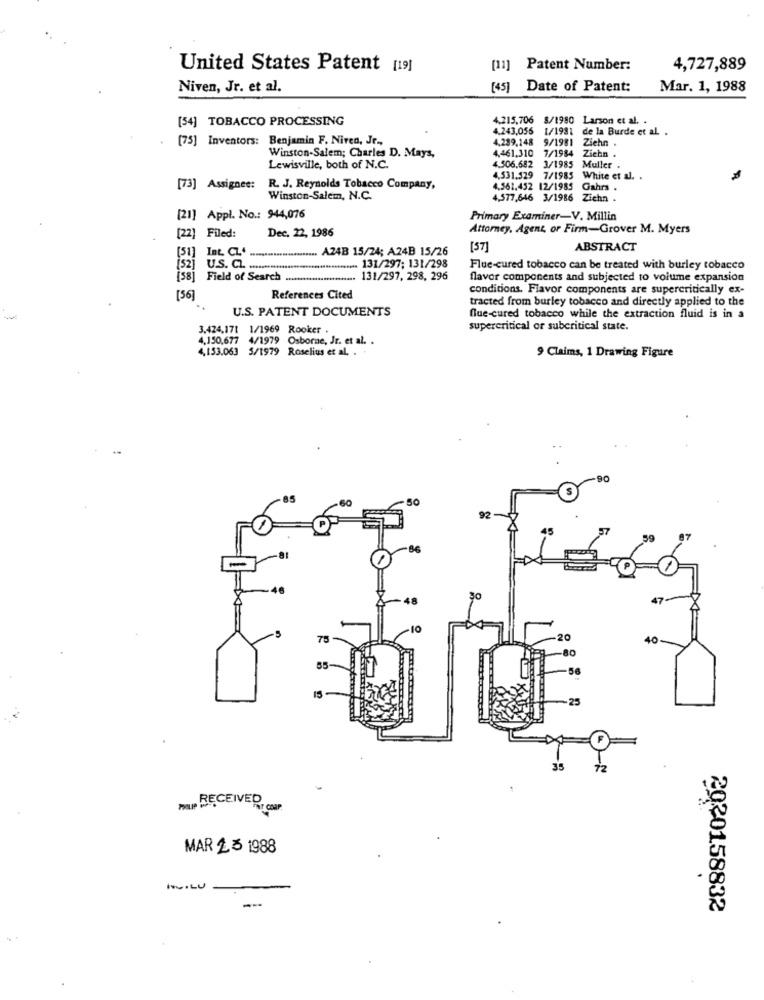
United States Patent [19]
[11] Patent Number:
4,727,889
Niven, Jr. et al.
[4]
Date of Patent:
Mar. 1, 1988
[54] TOBACCO PROCESSING
4.215,706 8/1980 Larson et al. .
4.243,056 1/1981 de la Burde et al .
[75] Inventors: Benjamin F. Niren, Jr .,
4.289,148 9/1981 Ziehn .
Winston-Salem; Charles D. Mays,
4.461,310 7/1984 Zichn .
Lewisville, both of N.C.
4.506,682 3/1985 Muller .
4,531.529 7/1985 White et al. .
[73] Assignee:
R. J. Reynolds Tobacco Company,
4.561.452 12/1985 Gahrs .
Winston-Salem, N.C.
4,577,646 3/1986 Zichn .
[21] Appl. No .: 944,076
Primary Examiner-V. Millin
Dec. 22, 1986
Attorney, Agent, or Firm-Grover M. Myers
[22] Filed:
A24B 15/24; A24B 15/26
[57]
ABSTRACT
[51]
Inc. CL'
(52] U.S. C .. ....
en 131/297; 131/298
Flue-cured tobacco can be treated with burley tobacco
[58] Field of Search
. 131/297, 298, 296
flavor components and subjected to volume expansion
conditions. Flavor components are supercritically ex-
[56]
References Cited
tracted from burley tobacco and directly applied to the
U.S. PATENT DOCUMENTS
-
flue-cured tobacco while the extraction fluid is in a
3.424,171 1/1969 Rooker .
supercritical or subcritical state.
4.150,677 4/1979 Osborne, Jr. et al. .
4,153.063 5/1979 Roselius et al. . .
9 Claims, 1 Drawing Figure
S
60
92
P
45
-
30
47-
75
-20
-80
55
25
35
. RECEIVER, COP
MAR 23 1988
MILU-
2020158832